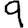
Digit: 9